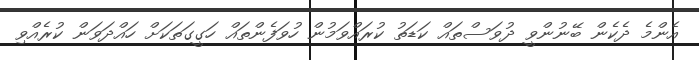
އެންމެ ދެކެން ބޭނުންވީ ދުވަސްތައް ކަޑަތު ކުރައްވަމުން ހުވަފެންތައް ހަގީގަތަކަށް ހައްދަވަން ކުރެއްވި